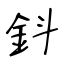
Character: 鈄